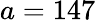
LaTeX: a=147